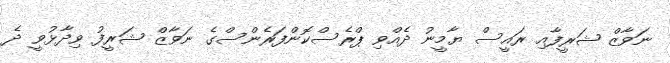
ނަވާޒް ޝަރީފާއި ރައީސް ޔާމީނު ދެއްވި ޕްރެސްކޮންފަރެންސްގެ ނަވާޒް ޝަރީފު ވިދާޅުވީ ދެ